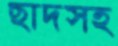
ছাদসহ